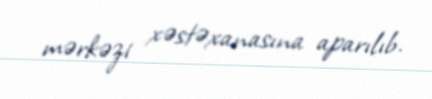
mərkəzi xəstəxanasına aparılıb.